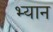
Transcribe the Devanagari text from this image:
भ्यान